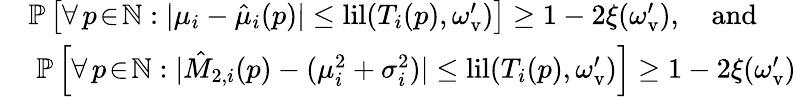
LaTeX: \begin{array}{rl}&{\mathbb{P}\left[\forall\, p\! \in\! \mathbb{N}:|\mu_{i}-\hat{\mu}_{i}(p)|\leq\mathrm{lil}(T_{i}(p),\omega_{\mathrm{v}}^{\prime})\right]\geq 1-2\xi(\omega_{\mathrm{v}}^{\prime}),\quad\mathrm{and}}\\ &{\; \mathbb{P}\left[\forall\, p\! \in\! \mathbb{N}:|\hat{M}_{2,i}(p)-(\mu_{i}^{2}+\sigma_{i}^{2})|\leq\mathrm{lil}(T_{i}(p),\omega_{\mathrm{v}}^{\prime})\right]\geq 1-2\xi(\omega_{\mathrm{v}}^{\prime})}\end{array}